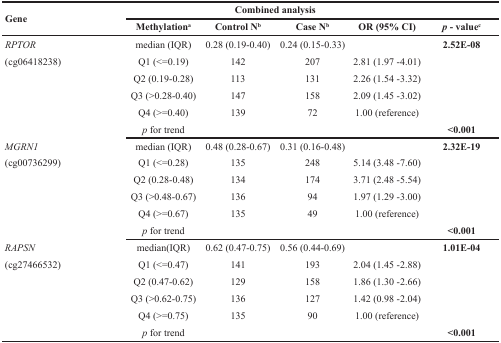
<table><thead><tr><td rowspan="2"><b>Gene</b></td><td></td><td colspan="2"><b>Combined analysis</b></td><td></td><td></td></tr><tr><td><b>Methylation<sup>a</sup></b></td><td><b>Control N<sup>b</sup></b></td><td><b>Case N<sup>b</sup></b></td><td><b>OR (95% CI)</b></td><td><b><i>p</i> - value<sup>c</sup></b></td></tr></thead><tbody><tr><td><i>RPTOR</i></td><td>median (IQR)</td><td>0.28 (0.19-0.40)</td><td>0.24 (0.15-0.33)</td><td></td><td><b>2.52E-08</b></td></tr><tr><td>(cg06418238)</td><td>Q1 (&lt;=0.19)</td><td>142</td><td>207</td><td>2.81 (1.97 -4.01)</td><td></td></tr><tr><td></td><td>Q2 (0.19-0.28)</td><td>113</td><td>131</td><td>2.26 (1.54 -3.32)</td><td></td></tr><tr><td></td><td>Q3 (&gt;0.28-0.40)</td><td>147</td><td>158</td><td>2.09 (1.45 -3.02)</td><td></td></tr><tr><td></td><td>Q4 (&gt;=0.40)</td><td>139</td><td>72</td><td>1.00 (reference)</td><td></td></tr><tr><td></td><td><i>p</i> for trend</td><td></td><td></td><td></td><td><b>&lt;0.001</b></td></tr><tr><td><i>MGRN1</i></td><td>median (IQR)</td><td>0.48 (0.28-0.67)</td><td>0.31 (0.16-0.48)</td><td></td><td><b>2.32E-19</b></td></tr><tr><td>(cg00736299)</td><td>Q1 (&lt;=0.28)</td><td>135</td><td>248</td><td>5.14 (3.48 -7.60)</td><td></td></tr><tr><td></td><td>Q2 (0.28-0.48)</td><td>134</td><td>174</td><td>3.71 (2.48 -5.54)</td><td></td></tr><tr><td></td><td>Q3 (&gt;0.48-0.67)</td><td>136</td><td>94</td><td>1.97 (1.29 -3.00)</td><td></td></tr><tr><td></td><td>Q4 (&gt;=0.67)</td><td>135</td><td>49</td><td>1.00 (reference)</td><td></td></tr><tr><td></td><td><i>p</i> for trend</td><td></td><td></td><td></td><td><b>&lt;0.001</b></td></tr><tr><td><i>RAPSN</i></td><td>median(IQR)</td><td>0.62 (0.47-0.75)</td><td>0.56 (0.44-0.69)</td><td></td><td><b>1.01E-04</b></td></tr><tr><td>(cg27466532)</td><td>Q1 (&lt;=0.47)</td><td>141</td><td>193</td><td>2.04 (1.45 -2.88)</td><td></td></tr><tr><td></td><td>Q2 (0.47-0.62)</td><td>129</td><td>158</td><td>1.86 (1.30 -2.66)</td><td></td></tr><tr><td></td><td>Q3 (&gt;0.62-0.75)</td><td>136</td><td>127</td><td>1.42 (0.98 -2.04)</td><td></td></tr><tr><td></td><td>Q4 (&gt;=0.75)</td><td>135</td><td>90</td><td>1.00 (reference)</td><td></td></tr><tr><td></td><td><i>p</i> for trend</td><td></td><td></td><td></td><td><b>&lt;0.001</b></td></tr></tbody></table>